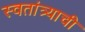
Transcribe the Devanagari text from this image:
स्वतांत्र्याची